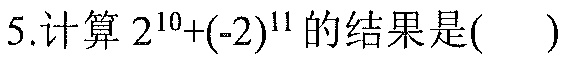
5.计算\(2^{10}+(-2)^{11}\)的结果是(   )